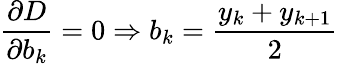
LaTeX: {\frac{\partial D}{\partial b_{k}}}=0\Rightarrow b_{k}={\frac{y_{k}+y_{k+1}}{2}}